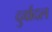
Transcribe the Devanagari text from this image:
दुर्वादल